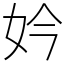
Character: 妗